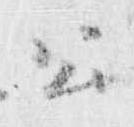
公